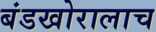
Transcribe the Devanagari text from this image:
बंडखोरालाच